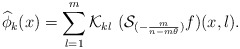
\begin{align*}\widehat{\phi}_k(x)=\sum_{l=1}^{m} {\cal K}_{kl}~({\cal S}_{(-\frac{m}{n-m\theta})} f)(x,l).\end{align*}